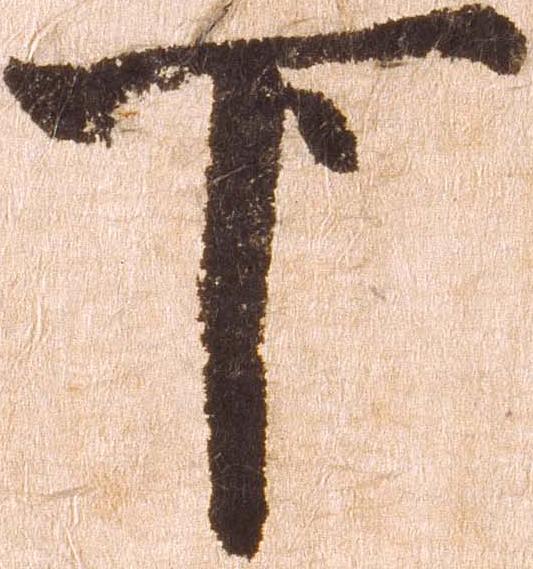
下